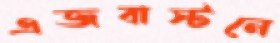
এজবাস্টনে